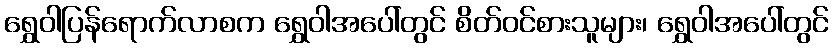
ရွှေဝါပြန်ရောက်လာစက ရွှေဝါအပေါ်တွင် စိတ်ဝင်စားသူများ၊ ရွှေဝါအပေါ်တွင်